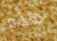
هذه